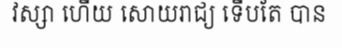
វស្សា ហើយ សោយរាជ្យ ទើបតែ បាន